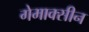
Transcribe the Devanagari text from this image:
गेमाक्सीन